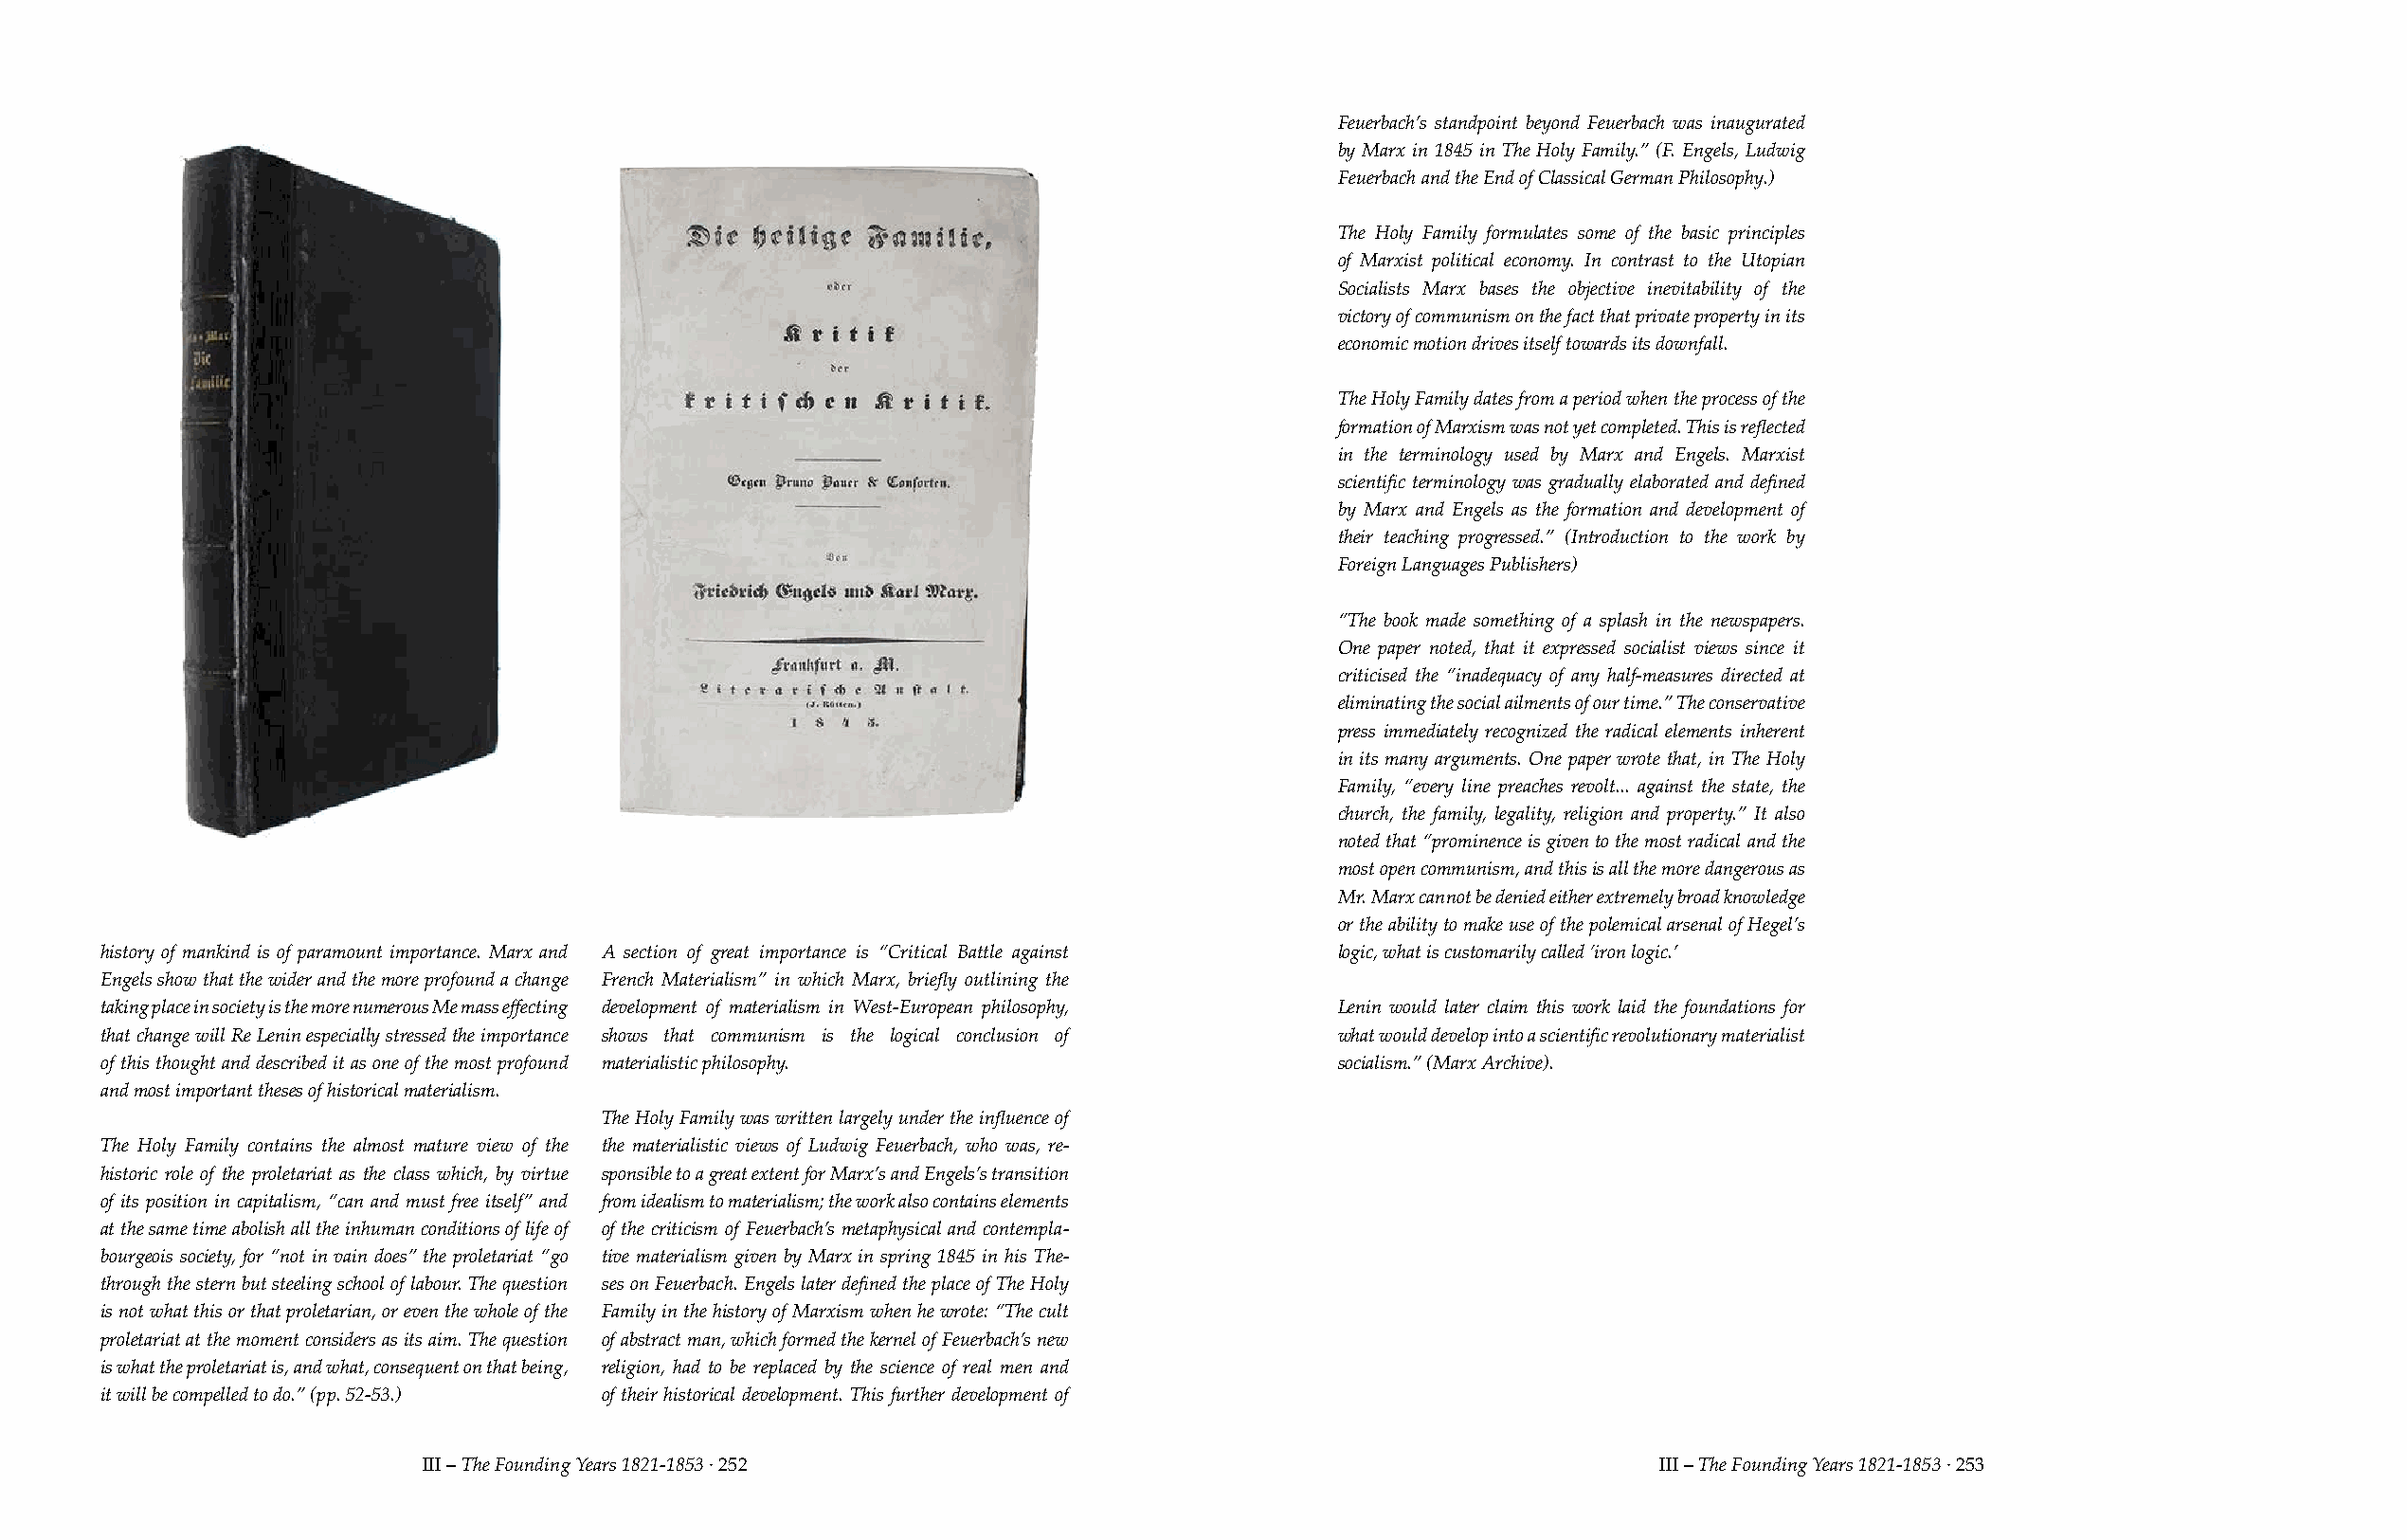
Feuerbach’s standpoint beyond Feuerbach was inaugurated
 by Marx in 1845 in The Holy Family.” (F. Engels, Ludwig
 Feuerbach and the End of Classical German Philosophy.)
 The Holy Family formulates some of the basic principles
 of Marxist political economy. In contrast to the Utopian
 Socialists Marx bases the objective inevitability of the
 victory of communism on the fact that private property in its
 economic motion drives itself towards its downfall.
 The Holy Family dates from a period when the process of the
 formation of Marxism was not yet completed. This is reflected
 in the terminology used by Marx and Engels. Marxist
 scientific terminology was gradually elaborated and defined
 by Marx and Engels as the formation and development of
 their teaching progressed.” (Introduction to the work by
 Foreign Languages Publishers)
 “The book made something of a splash in the newspapers.
 One paper noted, that it expressed socialist views since it
 criticised the “inadequacy of any half-measures directed at
 eliminating the social ailments of our time.” The conservative
 press immediately recognized the radical elements inherent
 in its many arguments. One paper wrote that, in The Holy
 Family, “every line preaches revolt... against the state, the
 church, the family, legality, religion and property.” It also
 noted that “prominence is given to the most radical and the
 most open communism, and this is all the more dangerous as
 Mr. Marx cannot be denied either extremely broad knowledge
 or the ability to make use of the polemical arsenal of Hegel’s
 history of mankind is of paramount importance. Marx and A section of great importance is “Critical Battle against logic, what is customarily called ‘iron logic.’
 Engels show that the wider and the more profound a change French Materialism” in which Marx, briefly outlining the
 taking place in society is the more numerous Me mass effecting development of materialism in West-European philosophy, Lenin would later claim this work laid the foundations for
 that change will Re Lenin especially stressed the importance shows that communism is the logical conclusion of what would develop into a scientific revolutionary materialist
 of this thought and described it as one of the most profound materialistic philosophy. socialism.” (Marx Archive).
 and most important theses of historical materialism.
 The Holy Family was written largely under the influence of
 The Holy Family contains the almost mature view of the the materialistic views of Ludwig Feuerbach, who was, re-
 historic role of the proletariat as the class which, by virtue sponsible to a great extent for Marx’s and Engels’s transition
 of its position in capitalism, “can and must free itself” and from idealism to materialism; the work also contains elements
 at the same time abolish all the inhuman conditions of life of of the criticism of Feuerbach’s metaphysical and contempla-
 bourgeois society, for “not in vain does” the proletariat “go tive materialism given by Marx in spring 1845 in his The-
 through the stern but steeling school of labour. The question ses on Feuerbach. Engels later defined the place of The Holy
 is not what this or that proletarian, or even the whole of the Family in the history of Marxism when he wrote: “The cult
 proletariat at the moment considers as its aim. The question of abstract man, which formed the kernel of Feuerbach’s new
 is what the proletariat is, and what, consequent on that being, religion, had to be replaced by the science of real men and
 it will be compelled to do.” (pp. 52-53.) of their historical development. This further development of
 III – The Founding Years 1821-1853 · 252                                              III – The Founding Years 1821-1853 · 253